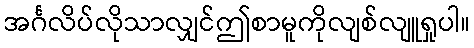
အင်္ဂလိပ်လိုသာလျှင်ဤစာမူကိုလျစ်လျူရှုပါ။